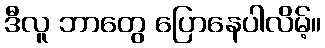
ဒီလူ ဘာတွေ ပြောနေပါလိမ့်။